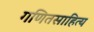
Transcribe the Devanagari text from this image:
गणितसाहित्य